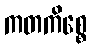
ကတကိစ္စေ